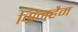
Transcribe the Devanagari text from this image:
ग्रिनहैम